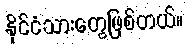
နိုင်ငံသားတွေဖြစ်တယ်။